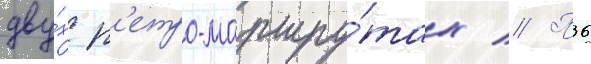
дву́х р'етро-маршру́тах // П36